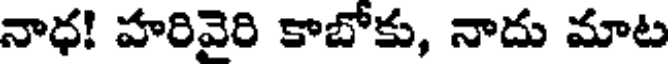
నాధ! హరివైరి కాబోకు, నాదు మాట